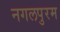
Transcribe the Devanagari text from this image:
नगलपुरम